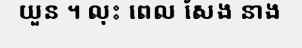
យួន ។ លុះ ពេល សែង នាង